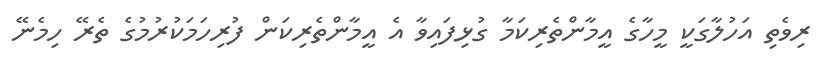
ރިވެތި އަހުލާގަކީ މީހާގެ އީމާންތެރިކަމާ ގުޅިފައިވާ އެ އީމާންތެރިކަން ފުރިހަމަކުރުމުގެ ތެރޭ ހިމެނޭ